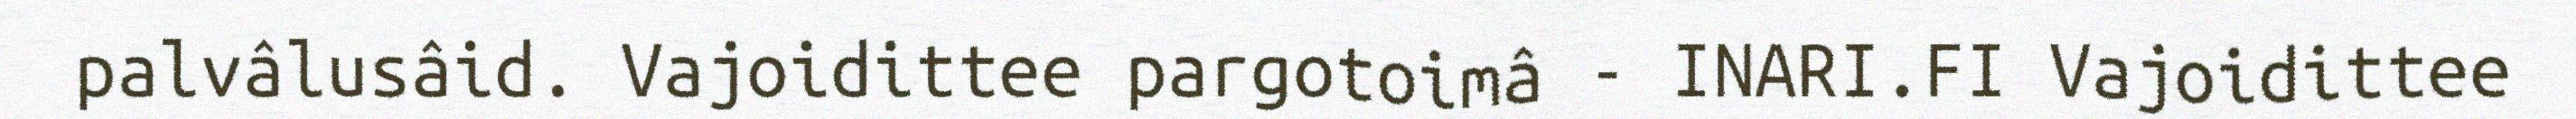
palvâlusâid. Vajoidittee pargotoimâ - INARI.FI Vajoidittee